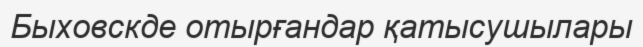
Быховскде отырғандар қатысушылары